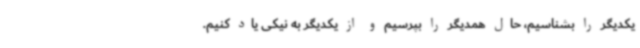
یکدیگر را بشناسیم، حال همدیگر را بپرسیم و از یکدیگر به نیکی یاد کنیم.